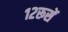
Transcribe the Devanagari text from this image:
१२रूसें